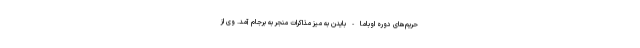
حریم‌های دوره اوباما-بایدن به میز مذاکرات منجر به برجام آمد. وی از